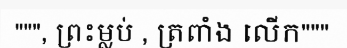
""", ព្រះម្លប់ , ត្រពាំង លើក"""